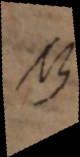
NB